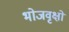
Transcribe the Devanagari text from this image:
भोजवृक्षों